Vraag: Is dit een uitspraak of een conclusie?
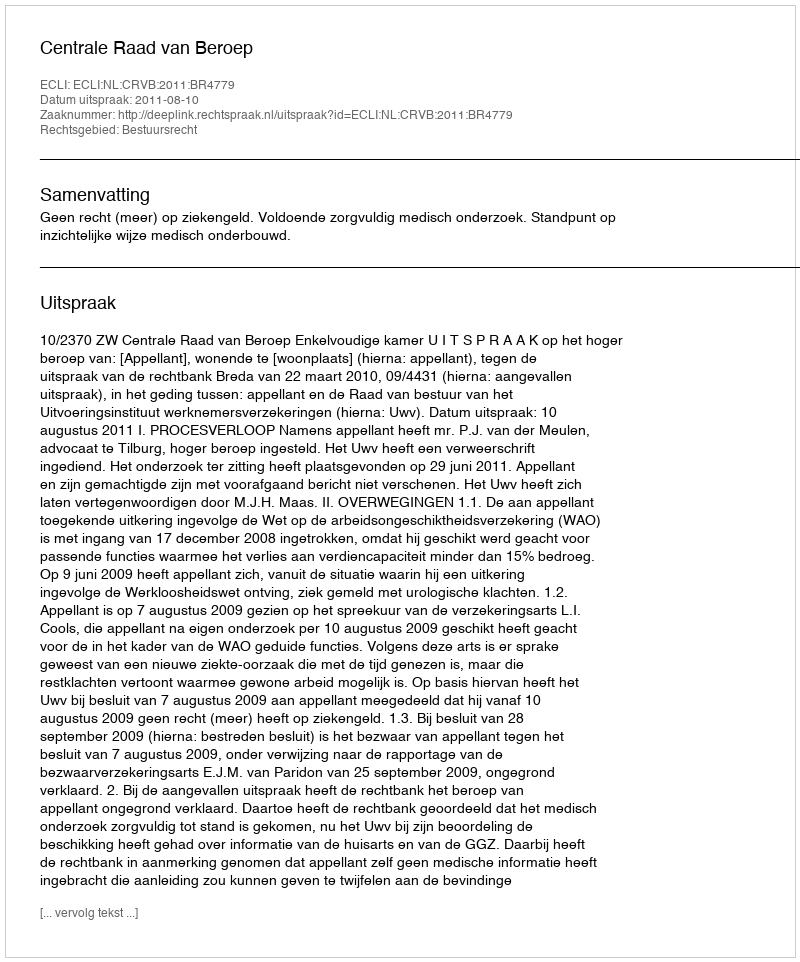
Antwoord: Uitspraak